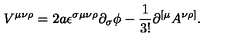
V ^ { \mu \nu \rho } = 2 a \epsilon ^ { \sigma \mu \nu \rho } \partial _ { \sigma } \phi - \frac { 1 } { 3 ! } \partial ^ { [ \mu } A ^ { \nu \rho ] } .